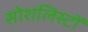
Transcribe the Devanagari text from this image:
सोशलिस्टों